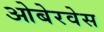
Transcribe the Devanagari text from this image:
ओबेरवेस